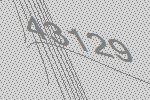
43129